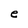
Character: e